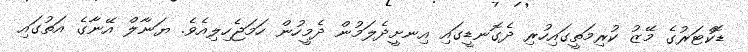
ޑޮކްޓަރުގެ މޭޒު ކުރިމަތީގައިހުރި ދެގޮނޑީގައި އިނށީދެލަމުން ދެމީހުން ހަމަޖެހިލިއެވެ. ޔަނާލް އޭނާގެ އަތުގައި